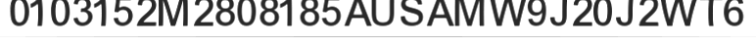
0103152M2808185AUSAMW9J20J2WT6